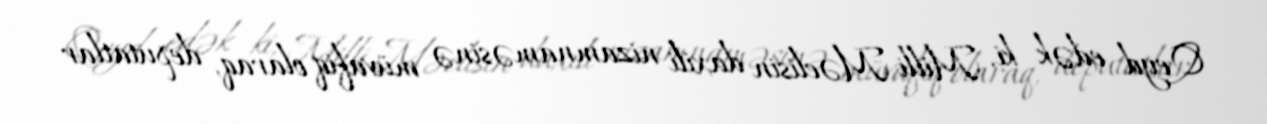
Qeyd edək ki, Milli Məclisin daxili nizamnaməsinə müvafiq olaraq, deputatlar